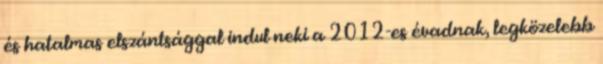
és hatalmas elszántsággal indul neki a 2012-es évadnak, legközelebb